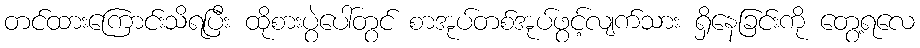
တင်ထားကြောင်းသိရပြီး ထိုစားပွဲပေါ်တွင် စာအုပ်တစ်အုပ်ဖွင့်လျက်သား ရှိနေခြင်းကို တွေ့ရလေ